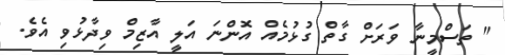
" ތަސްމީނާ ވަރަށް ގާތް ގުޅުމެއް އޮންނަ އަލީ އާޒިމް ވިދާޅުވި އެވެ.